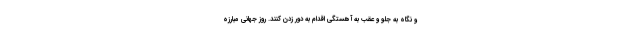
و نگاه به جلو و عقب به آهستگی اقدام به دور زدن کنند. روز جهانی مبارزه